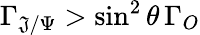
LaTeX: \Gamma_{\mathfrak{J}/\Psi}>\sin^{2}\theta\, \Gamma_{O}